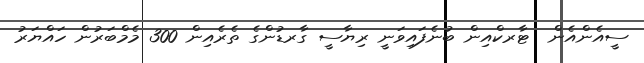
ސީއެންއެން  ޓާރކްއިން ބުނެފައިވަނީ ރިޔާސީ ގާރޑުންގެ ތެރެއިން 300 މެމްބަރުން ހައްޔަރު